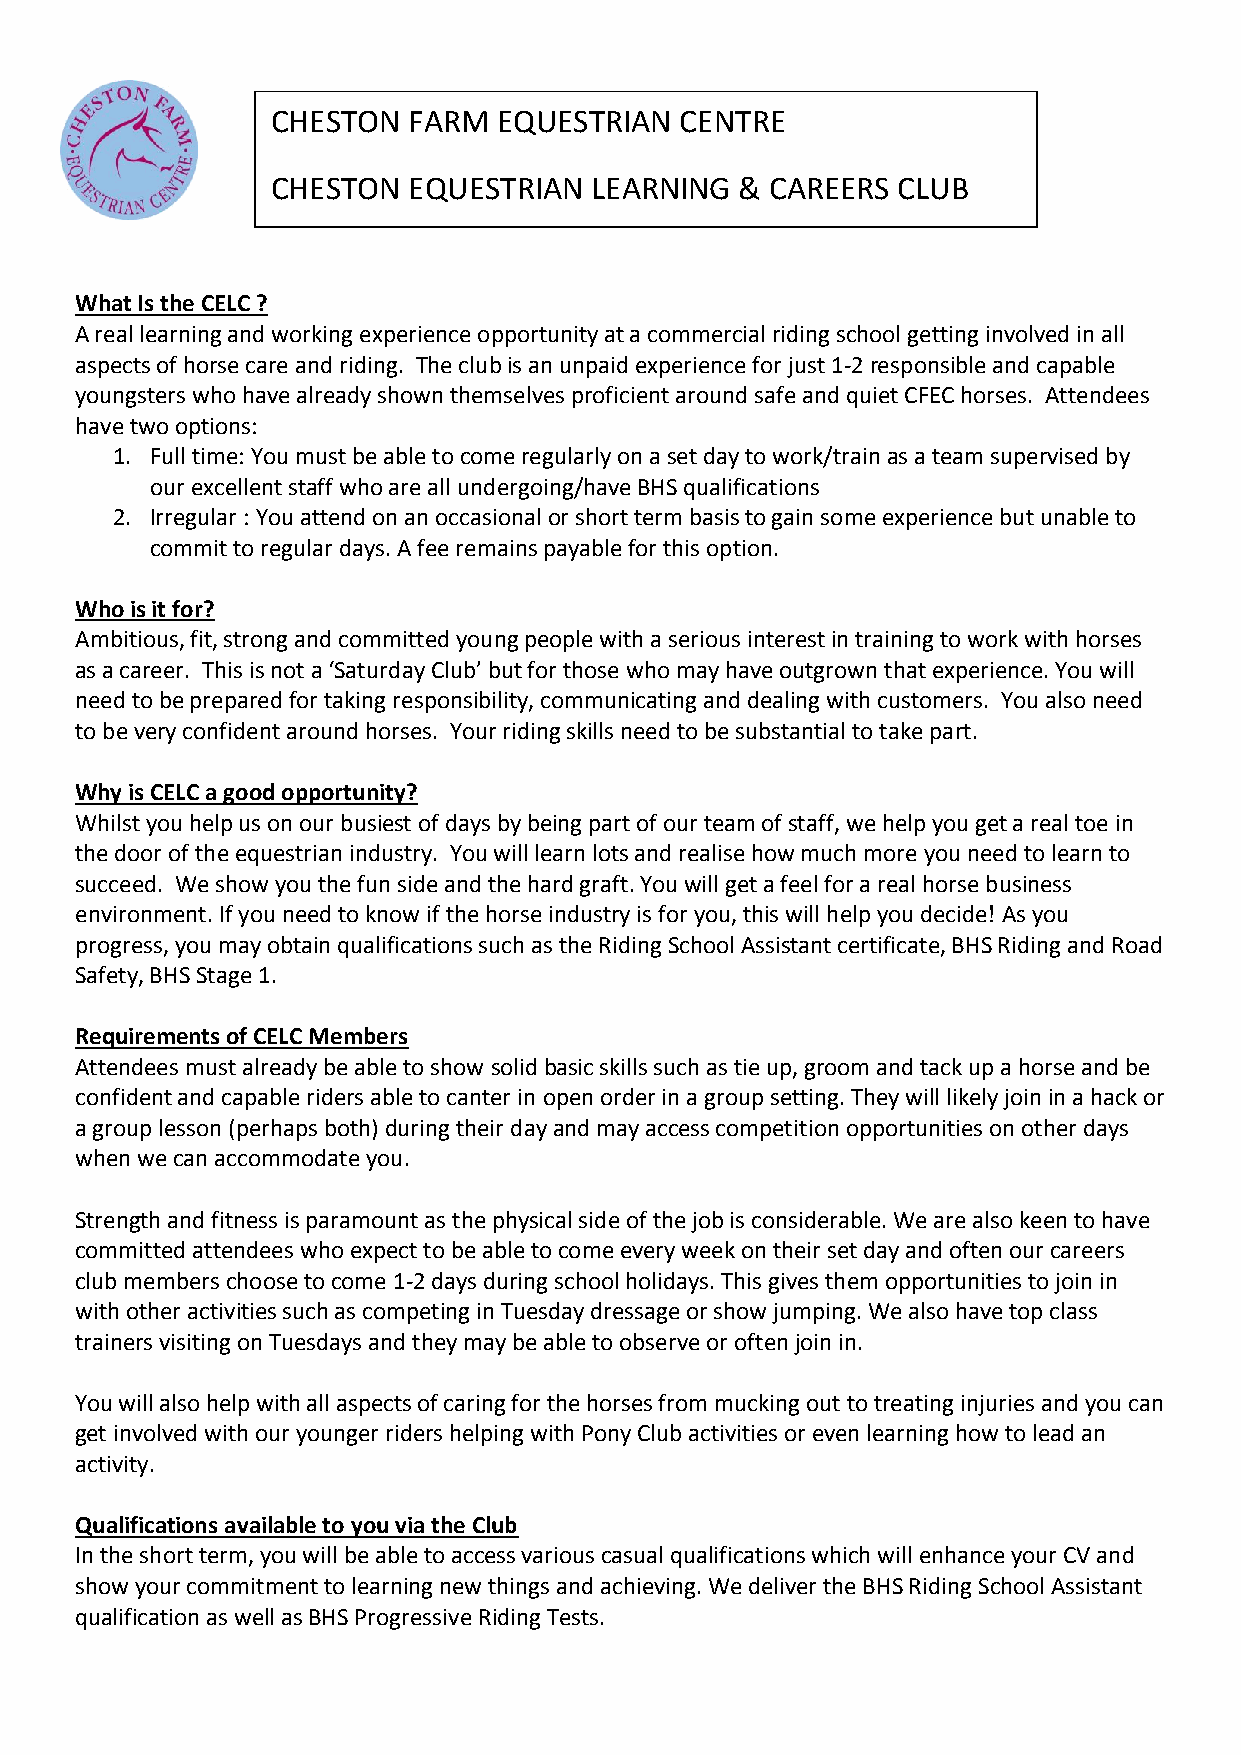
CHESTON  FARM  EQUESTRIAN  CENTRE
 CHESTON  EQUESTRIAN  LEARNING  & CAREERS CLUB
 What Is the CELC ?
 A real learning and working experience opportunity at a commercial riding school getting involved in all
 aspects of horse care and riding. The club is an unpaid experience for just 1-2 responsible and capable
 youngsters who have already shown themselves proficient around safe and quiet CFEC horses. Attendees
 have two options:
 1. Full time: You must be able to come regularly on a set day to work/train as a team supervised by
 our excellent staff who are all undergoing/have BHS qualifications
 2. Irregular : You attend on an occasional or short term basis to gain some experience but unable to
 commit to regular days. A fee remains payable for this option.
 Who is it for?
 Ambitious, fit, strong and committed young people with a serious interest in training to work with horses
 as a career. This is not a ‘Saturday Club’ but for those who may have outgrown that experience. You will
 need to be prepared for taking responsibility, communicating and dealing with customers. You also need
 to be very confident around horses. Your riding skills need to be substantial to take part.
 Why is CELC a good opportunity?
 Whilst you help us on our busiest of days by being part of our team of staff, we help you get a real toe in
 the door of the equestrian industry. You will learn lots and realise how much more you need to learn to
 succeed. We show you the fun side and the hard graft. You will get a feel for a real horse business
 environment. If you need to know if the horse industry is for you, this will help you decide! As you
 progress, you may obtain qualifications such as the Riding School Assistant certificate, BHS Riding and Road
 Safety, BHS Stage 1.
 Requirements of CELC Members
 Attendees must already be able to show solid basic skills such as tie up, groom and tack up a horse and be
 confident and capable riders able to canter in open order in a group setting. They will likely join in a hack or
 a group lesson (perhaps both) during their day and may access competition opportunities on other days
 when we can accommodate you.
 Strength and fitness is paramount as the physical side of the job is considerable. We are also keen to have
 committed attendees who expect to be able to come every week on their set day and often our careers
 club members choose to come 1-2 days during school holidays. This gives them opportunities to join in
 with other activities such as competing in Tuesday dressage or show jumping. We also have top class
 trainers visiting on Tuesdays and they may be able to observe or often join in.
 You will also help with all aspects of caring for the horses from mucking out to treating injuries and you can
 get involved with our younger riders helping with Pony Club activities or even learning how to lead an
 activity.
 Qualifications available to you via the Club
 In the short term, you will be able to access various casual qualifications which will enhance your CV and
 show your commitment to learning new things and achieving. We deliver the BHS Riding School Assistant
 qualification as well as BHS Progressive Riding Tests.